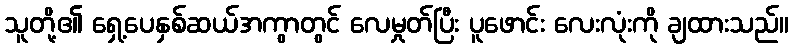
သူတို့၏ ရှေ့ပေနှစ်ဆယ်အကွာတွင် လေမှုတ်ပြီး ပူဖောင်း လေးလုံးကို ချထားသည်။